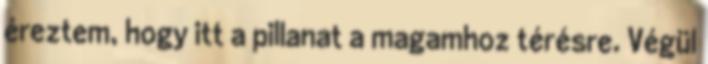
éreztem, hogy itt a pillanat a magamhoz térésre. Végül